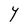
Character: Y